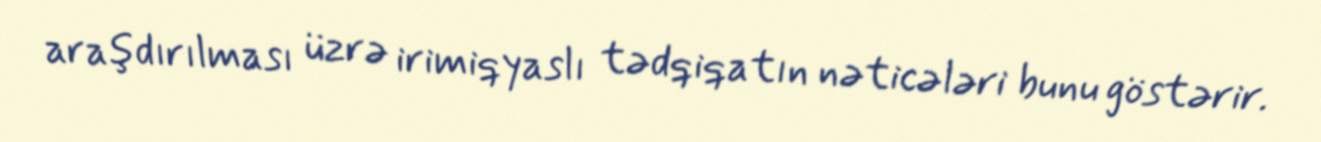
araşdırılması üzrə irimiqyaslı tədqiqatın nəticələri bunu göstərir.